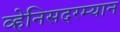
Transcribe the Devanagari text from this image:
व्हेनिसदरम्यान